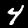
Digit: 4